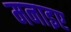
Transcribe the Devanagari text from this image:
मनाइए